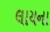
લાયના